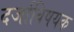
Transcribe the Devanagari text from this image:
दर्जाविषयक